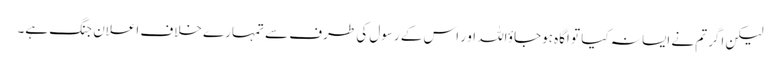
لیکن اگر تم نے ایسا نہ کیا تو اگاہ ہوجاؤاللہ او ر اس کے رسول کی طرف سے تمہارے خلاف اعلان جنگ ہے۔